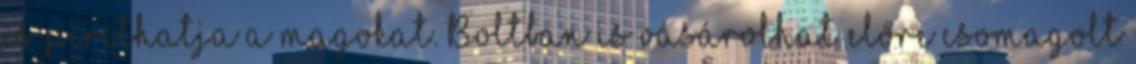
is piríthatja a magokat. Boltban is vásárolhat előre csomagolt